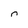
Character: n